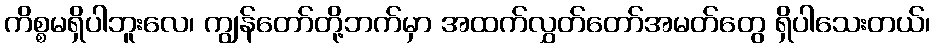
ကိစ္စမရှိပါဘူးလေ၊ ကျွန်တော်တို့ဘက်မှာ အထက်လွှတ်တော်အမတ်တွေ ရှိပါသေးတယ်၊